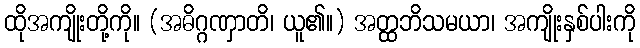
ထိုအကျိုးတို့ကို။ (အဓိဂ္ဂဏှာတိ၊ ယူ၏။) အတ္ထဘိသမယာ၊ အကျိုးနှစ်ပါးကို